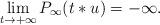
LaTeX: \begin{align*}\lim\limits_{t\rightarrow +\infty}P_\infty(t*u)=-\infty.\end{align*}